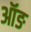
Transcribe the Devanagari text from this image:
ऑङ